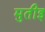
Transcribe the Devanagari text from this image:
मुतीइ